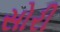
સોરી